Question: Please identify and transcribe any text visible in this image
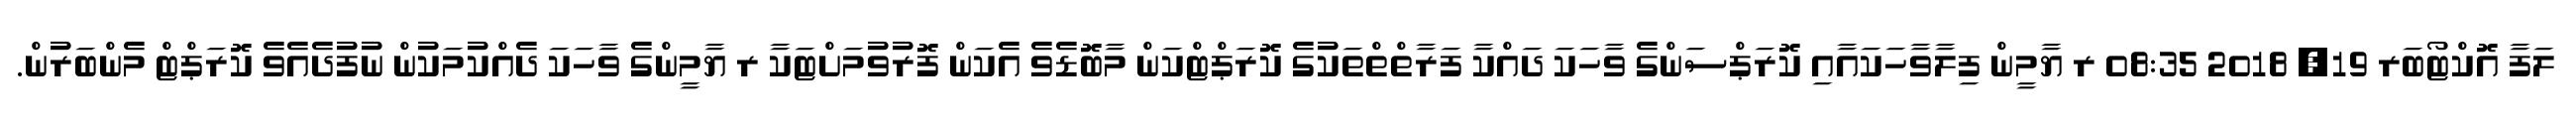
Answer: ލަފާ އޮކްޓޯބަރ 19, 2018 08:35 ރ ޔާމީން ފިލާވާހަކައާއި ކޮރަޕްސަންގެ ވާހަކަ ދައްކާ ފަރާތްތްތަކުގެ ކޮރަޕްޓްކަން މާބޮޑެވެ އެކަން ފޮރުވުމަށްޓަކާ ރ ޔާމީންގެ ވާހަކަ ދެއްކުމަކުން ނުފުދެއެވެ ކޮރަޕްޓް މެންބަރުން.